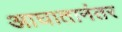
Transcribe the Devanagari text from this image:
आघातानंतर